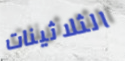
الثلاثينات